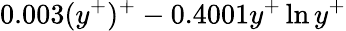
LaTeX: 0.003(y^{+})^{+}-0.4001y^{+}\ln{y^{+}}